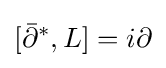
[{\bar {\partial }}^{*},L]=i\partial